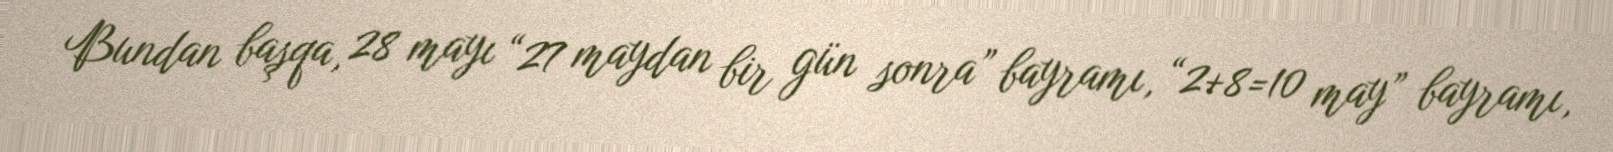
Bundan başqa, 28 mayı “27 maydan bir gün sonra” bayramı, “2+8=10 may” bayramı,